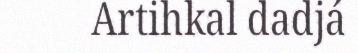
Artihkal dadjá